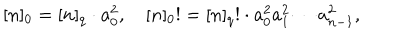
LaTeX: [ n ] _ { 0 } = [ n ] _ { q } \cdot a _ { 0 } ^ { 2 } , \quad [ n ] _ { 0 } ! = [ n ] _ { q } ! \cdot a _ { 0 } ^ { 2 } a _ { 1 } ^ { 2 } \cdots a _ { n - 1 } ^ { 2 } ,